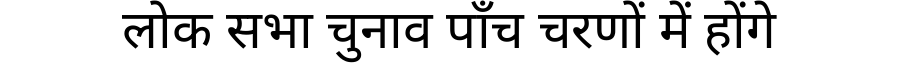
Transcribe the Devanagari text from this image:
लोक सभा चुनाव पाँच चरणों में होंगे